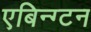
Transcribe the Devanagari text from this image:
एबिन्ग्टन